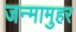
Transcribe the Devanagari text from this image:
जन्मामुहर